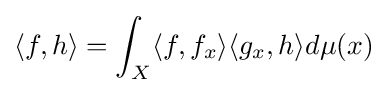
\langle f,h\rangle =\int _{X}\langle f,f_{x}\rangle \langle g_{x},h\rangle d\mu (x)